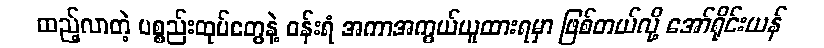
ထည့်လာတဲ့ ပစ္စည်းထုပ်တွေနဲ့ ဝန်းရံ အကာအကွယ်ယူထားရမှာ ဖြစ်တယ်လို့ အော်ရိုင်းယန်